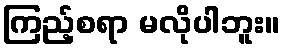
ကြည့်စရာ မလိုပါဘူး။